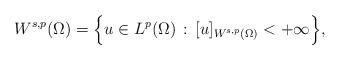
LaTeX: \begin{align*}W^{s,p}(\Omega)=\Big\{u\in L^p(\Omega)\, :\, [u]_{W^{s,p}(\Omega)}<+\infty\Big\},\end{align*}